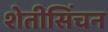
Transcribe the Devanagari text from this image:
शेतीसिंचन